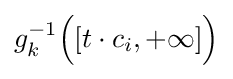
g_{k}^{-1}{\Bigl (}[t\cdot c_{i},+\infty ]{\Bigr )}